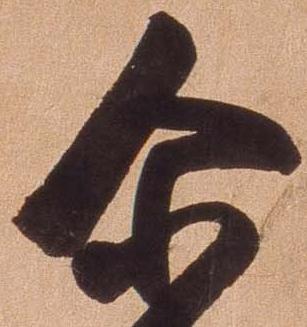
爾